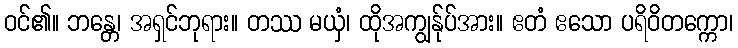
ဝင်၏။ ဘန္တေ၊ အရှင်ဘုရား။ တဿ မယှံ၊ ထိုအကျွန်ုပ်အား။ ဧတံ ဧသော ပရိဝိတက္ကော၊